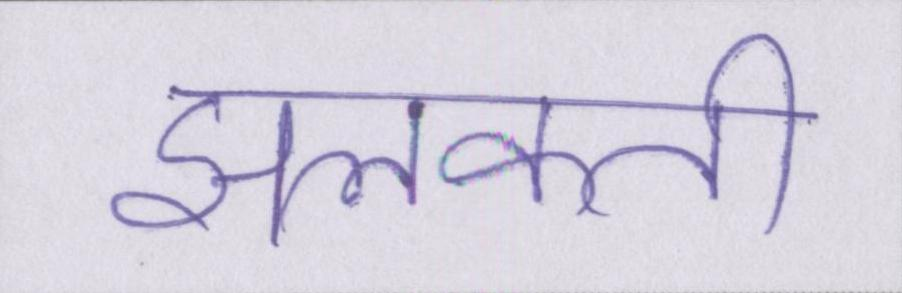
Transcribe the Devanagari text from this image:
झलकती